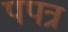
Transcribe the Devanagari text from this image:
पपत्र